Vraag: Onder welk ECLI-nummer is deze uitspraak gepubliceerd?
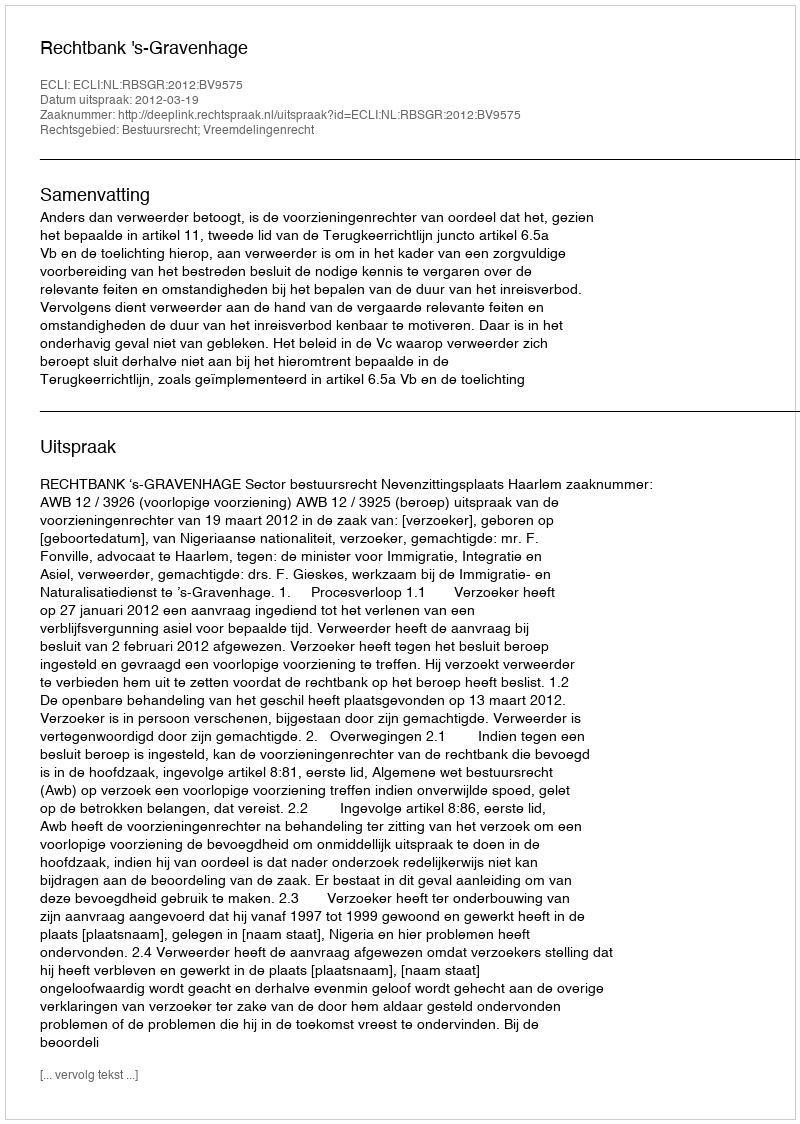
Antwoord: ECLI:NL:RBSGR:2012:BV9575